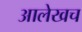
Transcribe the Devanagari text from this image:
आलेखच